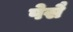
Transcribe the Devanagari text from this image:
पेसै